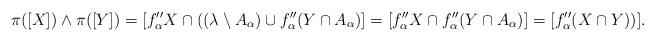
\begin{align*} \pi([X])\wedge \pi([Y])= [f_\alpha'' X\cap ((\lambda\setminus A_\alpha)\cup f_\alpha''(Y\cap A_\alpha)] = [f_\alpha'' X \cap f''_\alpha(Y\cap A_\alpha)]= [f_\alpha'' (X\cap Y))].\end{align*}